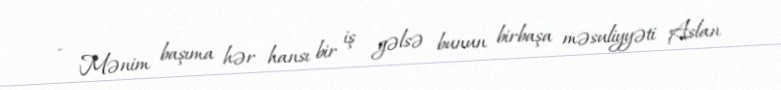
- Mənim başıma hər hansı bir iş gəlsə bunun birbaşa məsuliyyəti Aslan